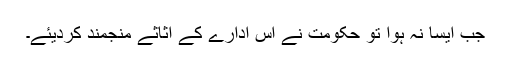
جب ایسا نہ ہوا تو حکومت نے اس ادارے کے اثاثے منجمند کردیئے۔